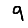
Digit: 9